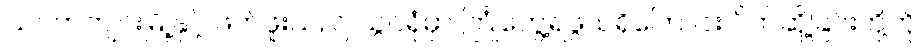
သပိတ်ကျင်းမြို့နှင့် ဖတ်ဖူးသည် သွင်ရုံမှာ ကြုံတွေ့ရဖွယ်ရှိကြောင်း ပိတ်ဆို့ခြင်းတို့ကို